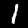
Label: 1